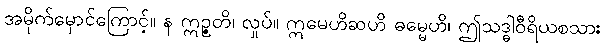
အမိုက်မှောင်ကြောင့်။ န ဣဉ္ဇတိ၊ လှုပ်။ ဣမေဟိဆဟိ ဓမ္မေဟိ၊ ဤသဒ္ဓါဝီရိယစသား